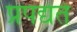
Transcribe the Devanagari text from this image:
प्रपद्यंते